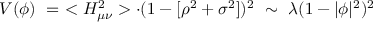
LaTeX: V ( \phi ) \ = \ < H _ { \mu \nu } ^ { 2 } > \cdot ( 1 - [ \rho ^ { 2 } + \sigma ^ { 2 } ] ) ^ { 2 } \ \sim \ \lambda ( 1 - | \phi | ^ { 2 } ) ^ { 2 }